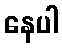
နေပါ